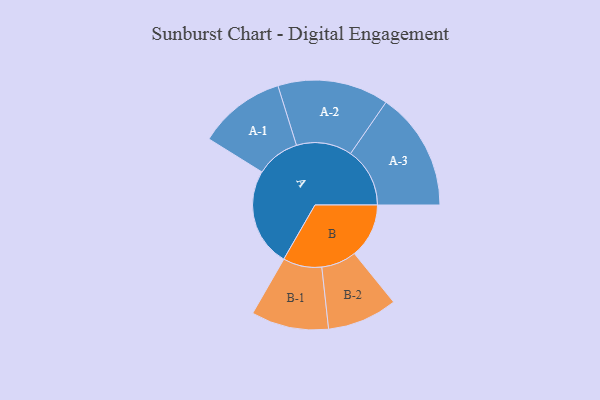
{"axis": {"x": "Segment", "y": "Value"}, "legend": ["", "A", "B"], "data": [{"x": "A", "y": 480, "type": ""}, {"x": "B", "y": 266, "type": ""}, {"x": "A-1", "y": 213, "type": "A"}, {"x": "A-2", "y": 271, "type": "A"}, {"x": "A-3", "y": 289, "type": "A"}, {"x": "B-1", "y": 189, "type": "B"}, {"x": "B-2", "y": 171, "type": "B"}]}